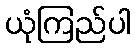
ယုံကြည်ပါ